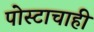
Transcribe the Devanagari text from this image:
पोस्टाचाही